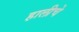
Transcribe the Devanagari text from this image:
हालीचे